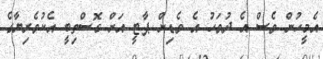
އެމީހުން ވެސް އެ ދުވަހު އެ ވެޑިން ޕާޓީ އަށް ގޮސްތިބީ އެކުވެރިޔާގެ